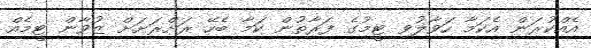
އެއްކުރަން އެކަމާ ހަވާލުވި ޓީމުގެ ފަރާތުން ކަމާ ބެހޭ ރަށްރަށަށް ޒުވާން ޓީމެއް